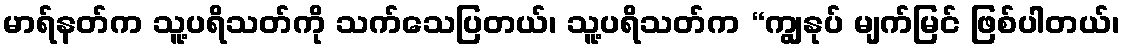
မာရ်နတ်က သူ့ပရိသတ်ကို သက်သေပြတယ်၊ သူ့ပရိသတ်က “ကျွနုပ် မျက်မြင် ဖြစ်ပါတယ်၊